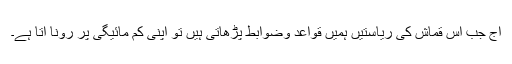
آج جب اس قماش کی ریاستیں ہمیں قواعد وضوابط پڑھاتی ہیں تو اپنی کم مائیگی پر رونا آتا ہے۔